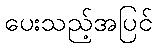
ပေးသည့်အပြင်